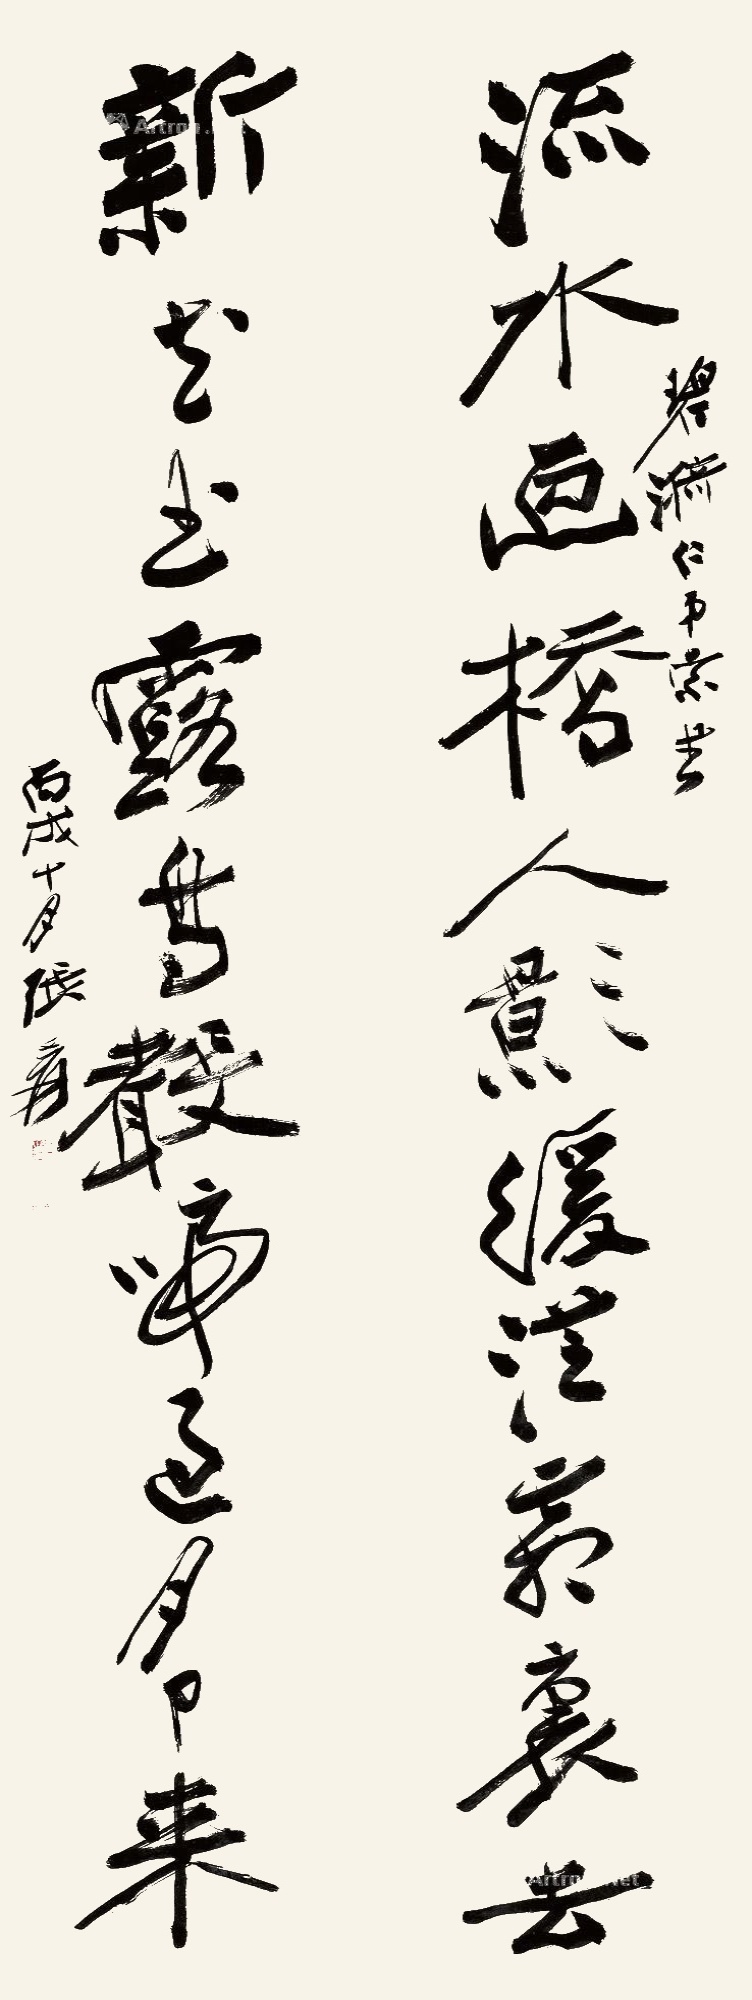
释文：流水画桥人影缓从霜里去，新花玉露鸟声啼过月中来。碧漪仁弟索书，丙戌十月张爰。